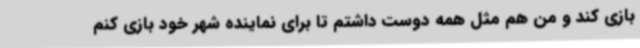
بازی کند و من هم مثل همه دوست داشتم تا برای نماینده شهر خود بازی کنم